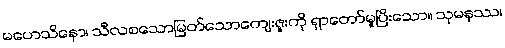
မဟေသိနော၊ သီလစသောမြတ်သောကျေးဇူးကို ရှာတော်မူပြီးသော။ သုမနဿ၊